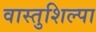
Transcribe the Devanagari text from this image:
वास्तुशिल्पा